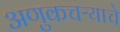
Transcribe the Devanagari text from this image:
अणुकचऱ्याचे